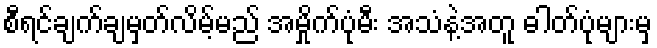
စီရင်ချက်ချမှတ်လိမ့်မည် အမှိုက်ပုံမီး အသံနဲ့အတူ ဓါတ်ပုံများမှ